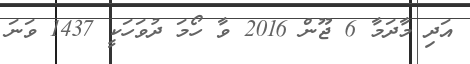
އަދި މާދަމާ 6 ޖޫން 2016 ވާ ހޯމަ ދުވަހަކީ 1437 ވަނަ